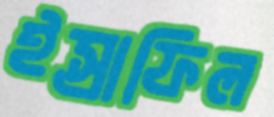
ইস্রাফিল